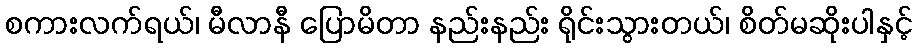
စကားလက်ရယ်၊ မီလာနီ ပြောမိတာ နည်းနည်း ရိုင်းသွားတယ်၊ စိတ်မဆိုးပါနှင့်